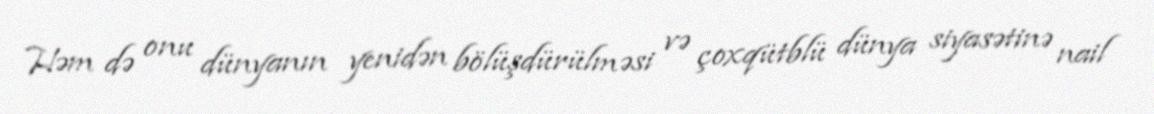
Həm də onu dünyanın yenidən bölüşdürülməsi və çoxqütblü dünya siyasətinə nail